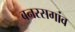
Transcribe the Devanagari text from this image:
बनरसगांव